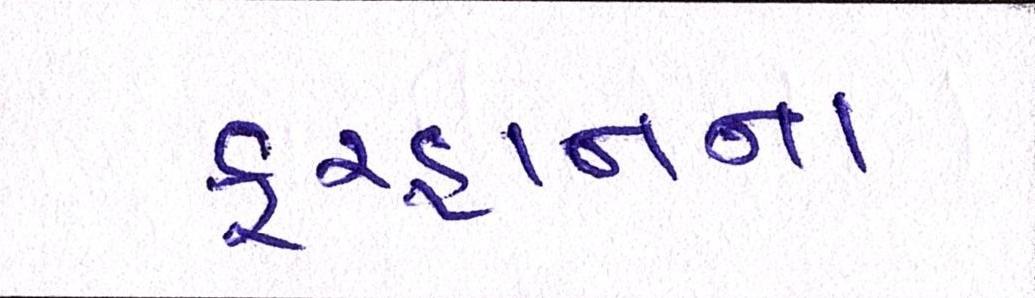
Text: ફરહાનના